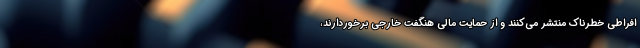
افراطی خطرناک منتشر می‌کنند و از حمایت مالی هنگفت خارجی برخوردارند،